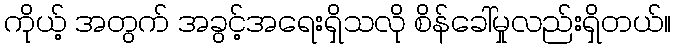
ကိုယ့် အတွက် အခွင့်အရေးရှိသလို စိန်ခေါ်မှုလည်းရှိတယ်။